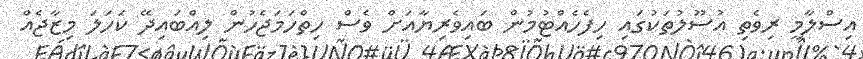
އިސްލާމީ ރިވެތި އުސޫލުތަކުގައި ހިފެހެއްޓުމުން ބައިވެރިޔާއަށް ވެސް ހިތްހަމަޖެހުން ލިއްބައިދޭ ކަހަލަ މިޒާޖެއް